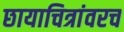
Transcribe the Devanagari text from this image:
छायाचित्रांवरच